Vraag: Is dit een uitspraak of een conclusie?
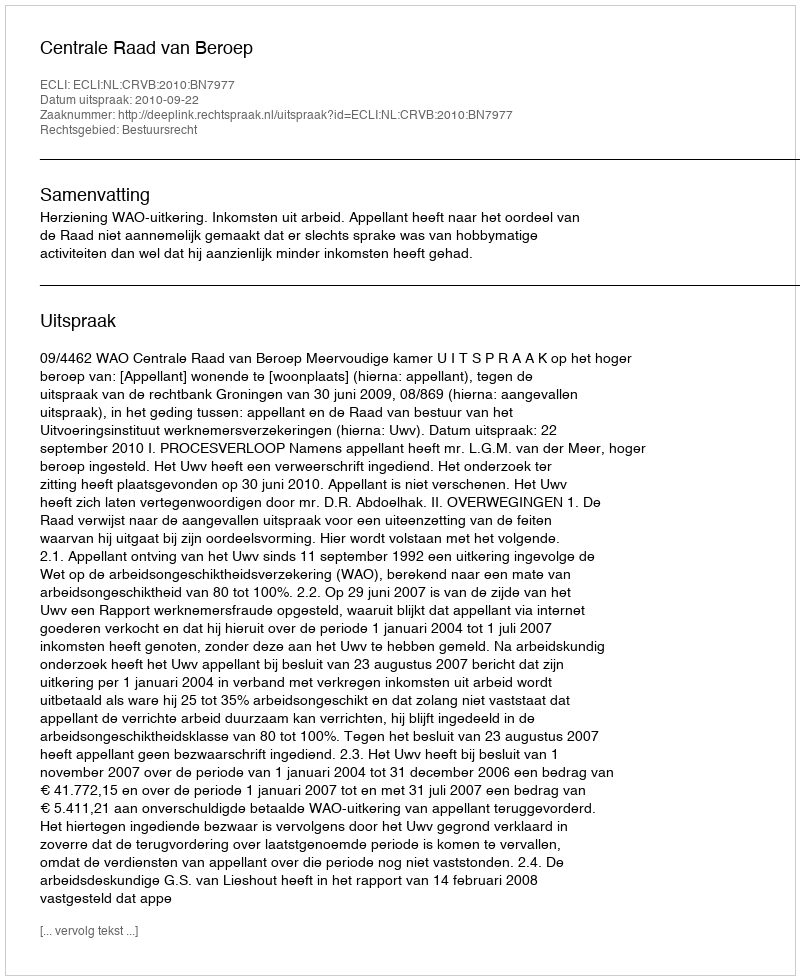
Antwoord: Uitspraak